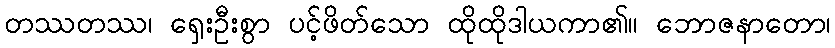
တဿတဿ၊ ရှေးဦးစွာ ပင့်ဖိတ်သော ထိုထိုဒါယကာ၏။ ဘောဇနာတော၊